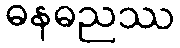
ဓနဓညဿ